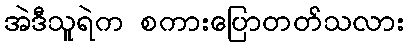
အဲဒီသူရဲက စကားပြောတတ်သလား